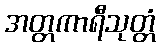
အတ္တကာရီသုတ္တံ